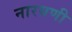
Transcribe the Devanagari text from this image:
नारयणी